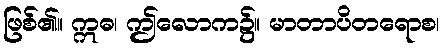
ဖြစ်၏။ ဣဓ၊ ဤလောက၌။ မာတာပိတရောစ၊